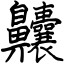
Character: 齉